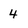
Character: 4